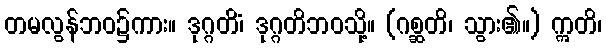
တမလွန်ဘဝ၌ကား။ ဒုဂ္ဂတိံ၊ ဒုဂ္ဂတိဘဝသို့။ (ဂစ္ဆတိ၊ သွား၏။) ဣတိ၊